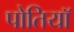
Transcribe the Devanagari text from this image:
पोतियाॅ